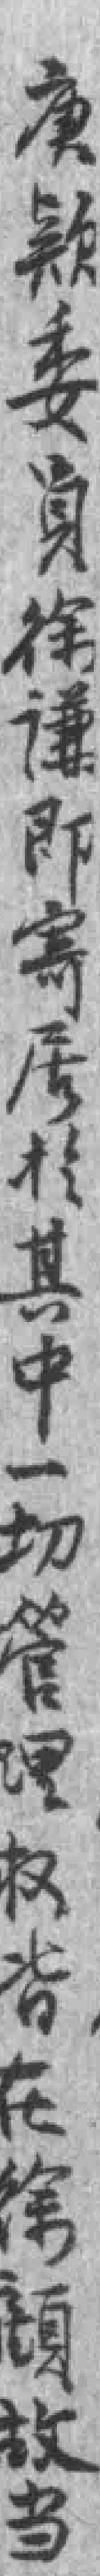
庚欵委员徐谦即寄居於其中一切管理权皆在徐顧故当